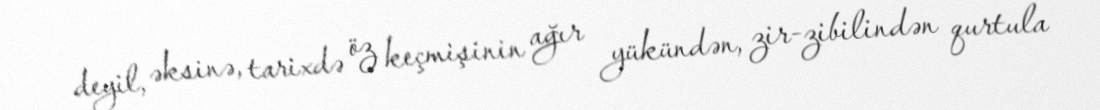
deyil, əksinə, tarixdə öz keçmişinin ağır yükündən, zir-zibilindən qurtula